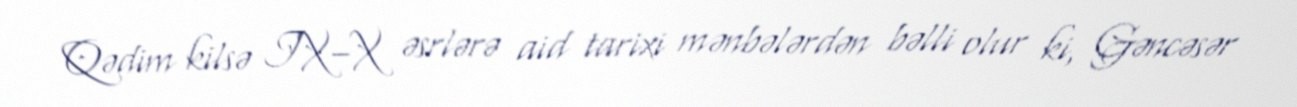
Qədim kilsə IX–X əsrlərə aid tarixi mənbələrdən bəlli olur ki, Gəncəsər